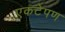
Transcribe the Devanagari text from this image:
एकटेपण